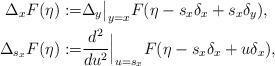
\begin{align*}\Delta_xF(\eta):=&\Delta_y\big|_{y=x}F(\eta-s_x\delta_x+s_x\delta_y),\\\Delta_{s_x}F(\eta):=&\frac{d^2}{du^2}\Big|_{u=s_x}F(\eta-s_x\delta_x+u\delta_x),\end{align*}